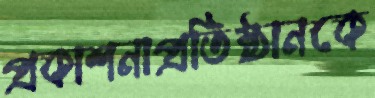
প্রকাশনাপ্রতিষ্ঠানকে